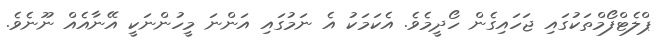
ޕްލެޓްފޯމްތަކުގައި ޖަހައިގެން ހޯދީމެވެ. އެކަމަކު އެ ނަމުގައި އަންނަ މީހުންނަކީ އޭނާއެއް ނޫނެވެ.